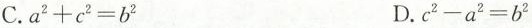
C.a $$a ^ { 2 } + c ^ { 2 } = b ^ { 2 }$$ D. $$c ^ { 2 } - a ^ { 2 } = b ^ { 2 }$$